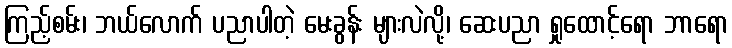
ကြည့်စမ်း၊ ဘယ်လောက် ပညာပါတဲ့ မေးခွန်း များလဲလို့၊ ဆေးပညာ ရှုထောင့်ရော ဘာရော